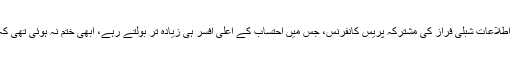
لیکن مسئلہ یہ ہے کہ شہزاد اکبر اور نئے وزیر اطلاعات شبلی فراز کی مشترکہ پریس کانفرنس، جس میں احتساب کے اعلیٰ افسر ہی زیادہ تر بولتے رہے، ابھی ختم نہ ہوئی تھی کہ وہ رپورٹ جوابی گولہ باری سے دب گئی ہے۔